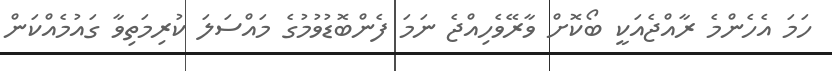
ހަމަ އެހެންމެ ރާއްޖެއަކީ ބޯކޮށް ވާރޭވެހިއްޖެ ނަމަ ފެންބޮޑުވުމުގެ މައްސަލަ ކުރިމަތިވާ ގައުމެއްކަން